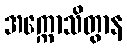
အက္ကောသိတွာန